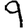
Digit: 9